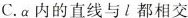
C.a内的直线与l都相交